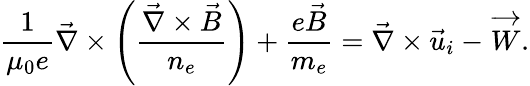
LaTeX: \frac{1}{\mu_{0}e}\vec{\nabla}\times\left(\frac{\vec{\nabla}\times\vec{B}}{n_{e}}\right)+\frac{e\vec{B}}{m_{e}}=\vec{\nabla}\times\vec{u}_{i}-\overrightarrow{W}.